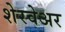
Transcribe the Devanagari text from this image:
शेरवेअर